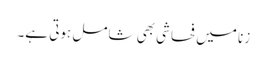
زنا میں فحاشی بھی شامل ہوتی ہے۔